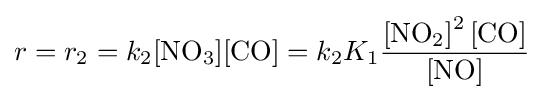
r=r_{2}=k_{2}{\ce {[NO3][CO]}}=k_{2}K_{1}{\frac {{\ce {[NO2]^2 [CO]}}}{{\ce {[NO]}}}}